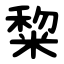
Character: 䊍